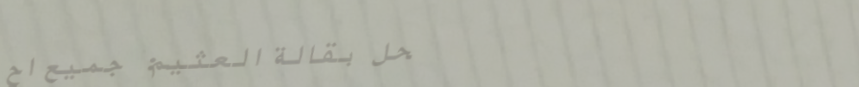
محل بقالة العثيم: جميع اح